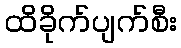
ထိခိုက်ပျက်စီး